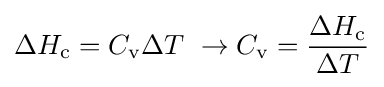
\Delta H_{\text{c}}=C_{\text{v}}\Delta T\ \rightarrow C_{\text{v}}={\Delta H_{\text{c}} \over \Delta T}